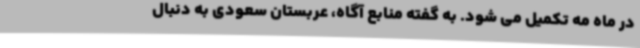
در ماه مه تکمیل می شود. به گفته منابع آگاه، عربستان سعودی به دنبال